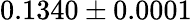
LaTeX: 0.1340\pm 0.0001